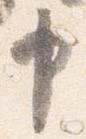
申